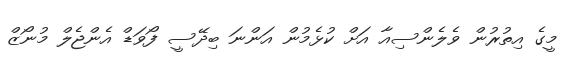
މީގެ އިތުރުން ވެލެންސިއާ އަށް ކުޅެމުން އަންނަ ބިދޭސީ ފޯވަޑް އެންޖެލް މުނޯޒް